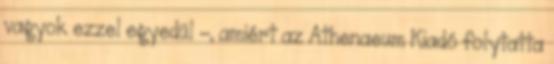
vagyok ezzel egyedül -, amiért az Athenaeum Kiadó folytatta